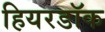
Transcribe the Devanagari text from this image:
हियरडॉक